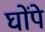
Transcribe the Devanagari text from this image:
घोंपे